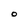
Character: O